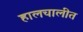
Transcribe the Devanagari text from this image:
हालचालीत